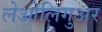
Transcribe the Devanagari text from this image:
लेओलिगुअर